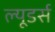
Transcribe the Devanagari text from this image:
ल्यूडर्स